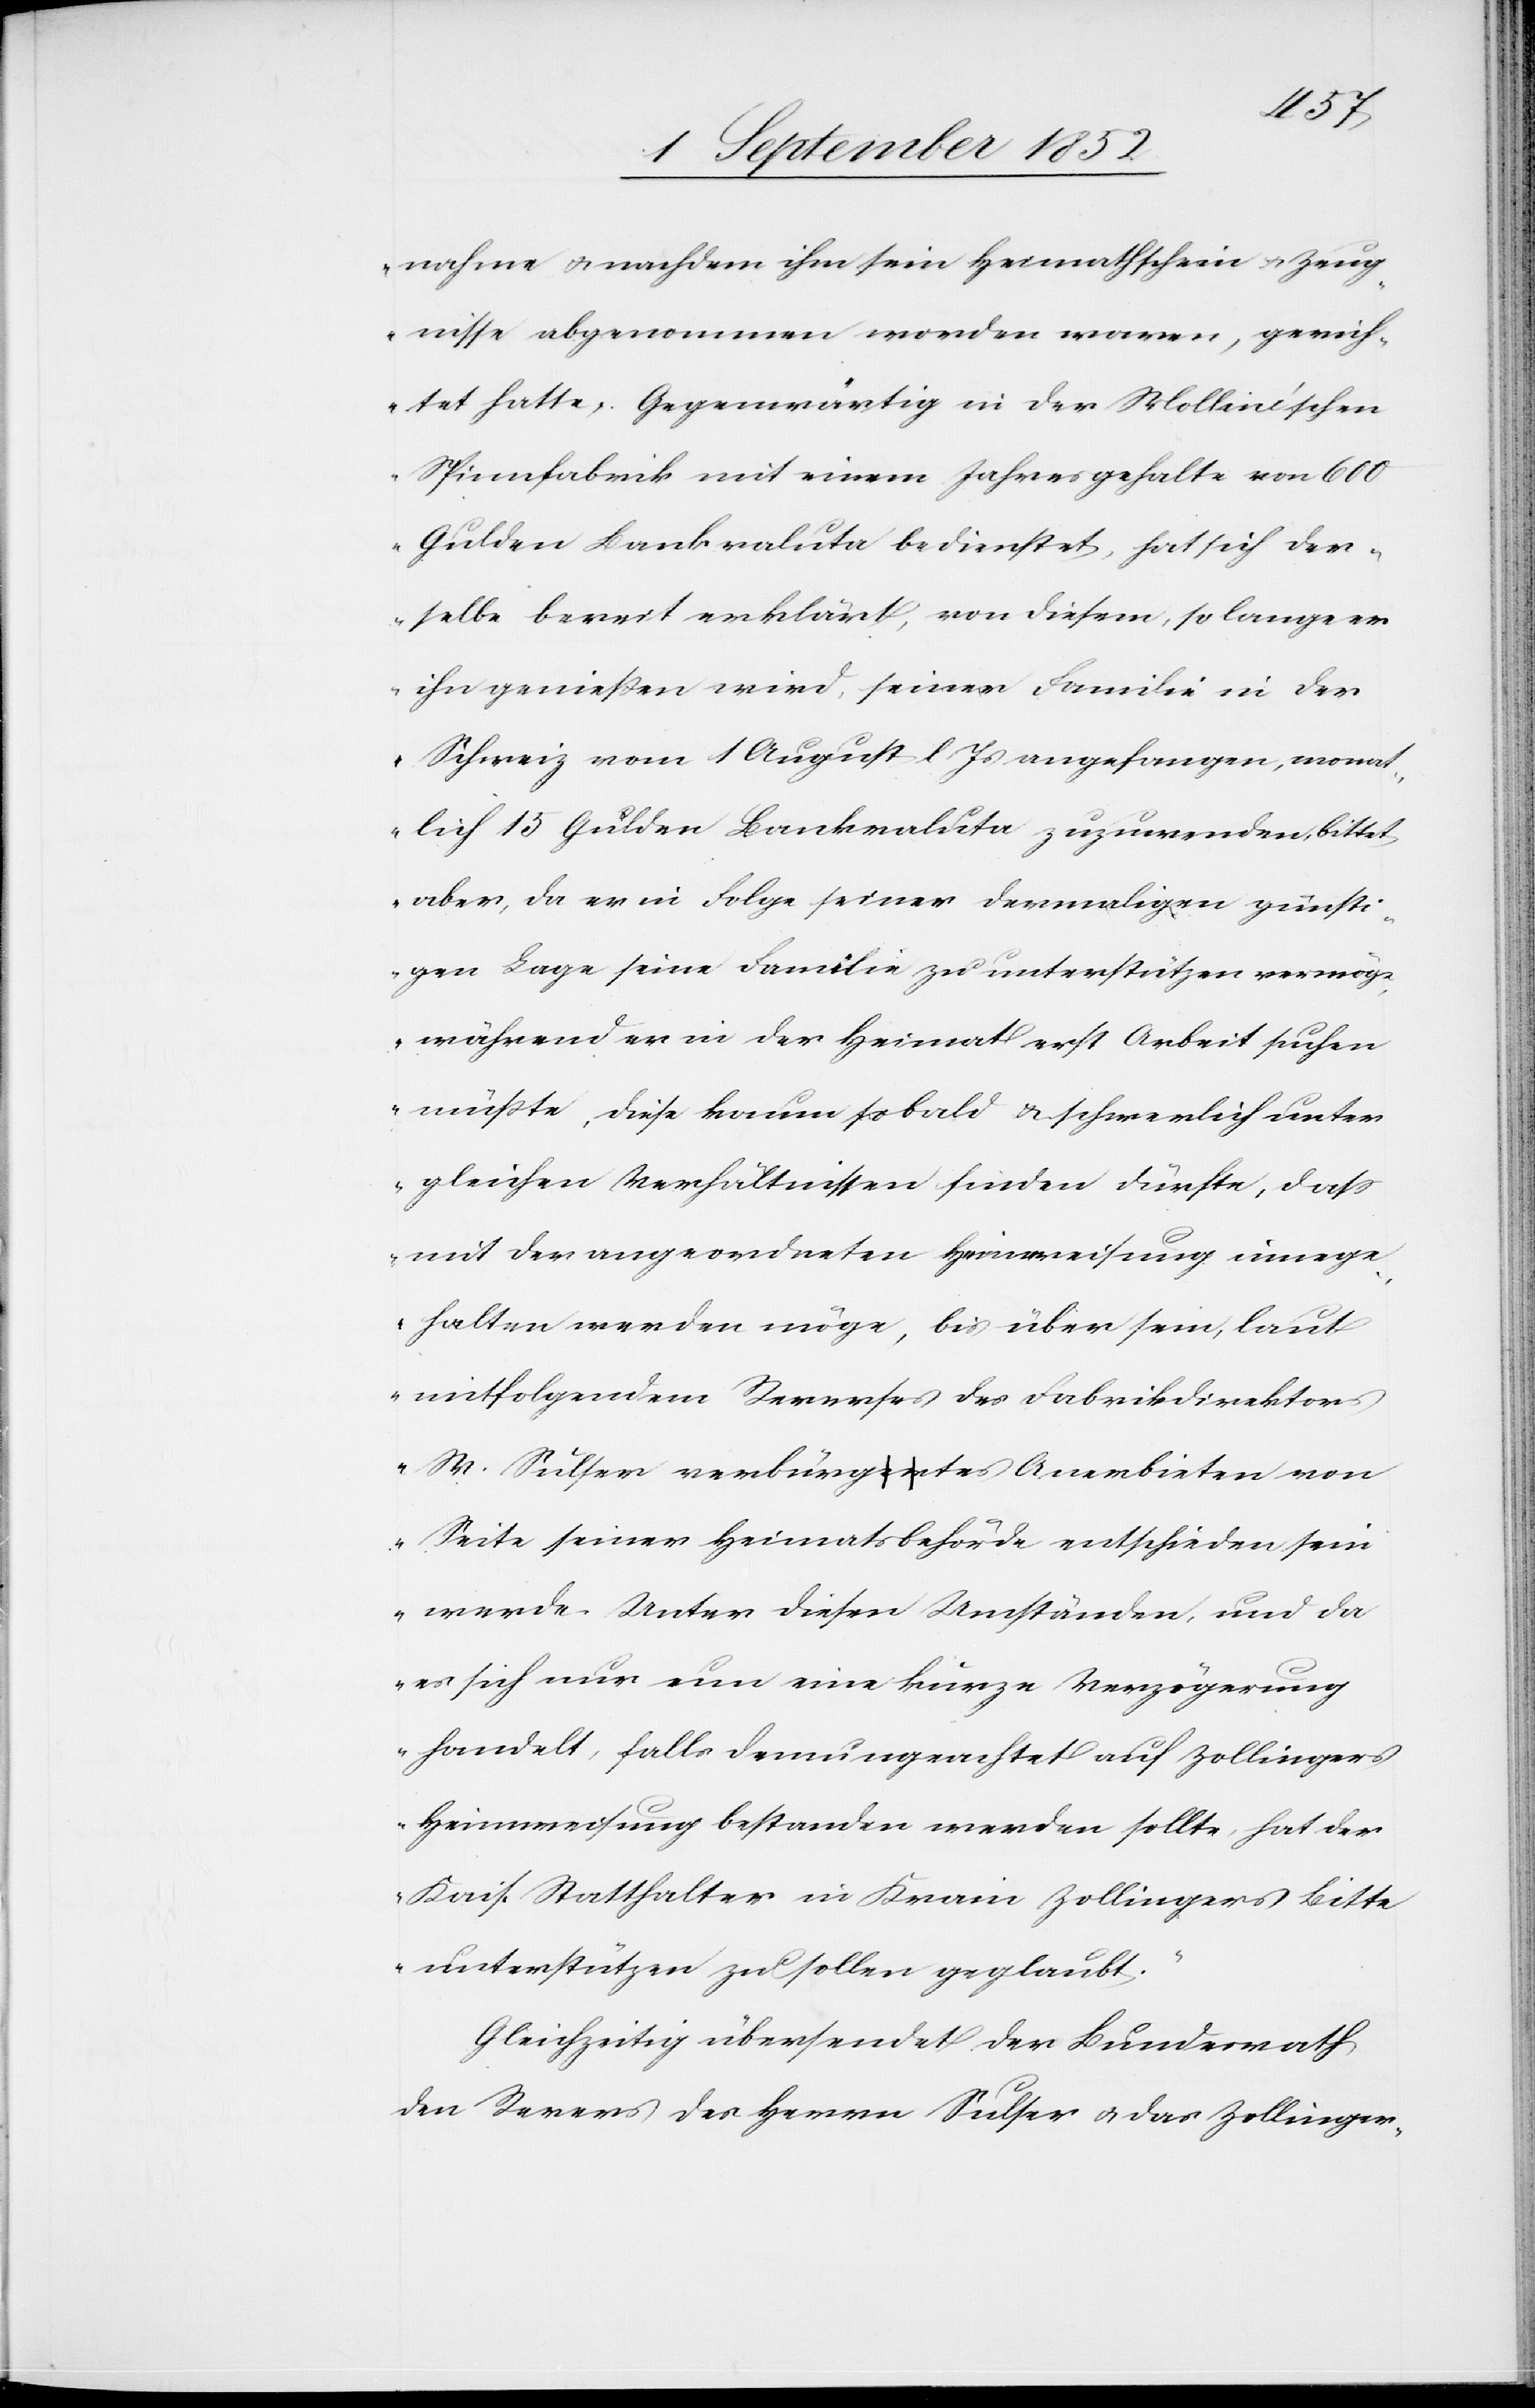
nahme & nachdem ihm sein Heimathschein & Zeug¬
nisse abgenommen worden waren, gerich¬
tet hatte. Gegenwärtig in der Molline’schen
Spinnfabrik mit einem Jahresgehalte von 600
Gulden Bankvaluta bedienstet, hat sich der¬
selbe bereit erklärt, von diesem, so lange er
ihn genießen wird, seiner Familie in der
Schweiz vom 1 August l Js angefangen, monat¬
lich 15 Gulden Bankvaluta zuzuwenden, bittet
aber, da er in Folge seiner dermaligen günsti¬
gen Lage seine Familie zu unterstützen vermöge,
während er in der Heimat erst Arbeit suchen
müßte, diese kaum so bald & schwerlich unter
gleichen Verhältnissen finden dürfte, dass
mit der angeordneten Heimweisung innege¬
halten werden möge, bis über sein, laut
mitfolgendem Reverses des Fabrikdirektors
W. Sulser verbürgtes Anerbieten von
Seite seiner Heimatsbehörde entschieden sein
werde. Unter diesen Umständen, und da
es sich nur um eine kurze Verzögerung
handelt, falls demungeachtet auf Zollingers
Heimweisung bestanden werden sollte, hat der
Kais. Statthalter in Krain Zollingers Bitte
unterstützen zu sollen geglaubt.“
Gleichzeitig übersendet der Bundesrath
den Revers des Herrn Sulser & das Zollinger-